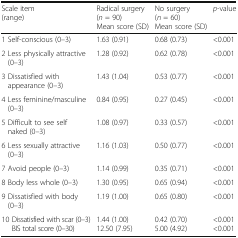
| Scale item (range) | Radical surgery (n = 90)Mean score (SD) | No surgery (n = 60)Mean score (SD) | p-value |
 | --- | --- | --- | --- |
 | 1 Self-conscious (0–3) | 1.63 (0.91) | 0.68 (0.73) | <0.001 |
 | 2 Less physically attractive (0–3) | 1.28 (0.92) | 0.62 (0.78) | <0.001 |
 | 3 Dissatisfied with appearance (0–3) | 1.43 (1.04) | 0.53 (0.77) | <0.001 |
 | 4 Less feminine/masculine (0–3) | 0.84 (0.95) | 0.27 (0.45) | <0.001 |
 | 5 Difficult to see self naked (0–3) | 1.08 (0.97) | 0.33 (0.57) | <0.001 |
 | 6 Less sexually attractive (0–3) | 1.16 (1.03) | 0.50 (0.77) | <0.001 |
 | 7 Avoid people (0–3) | 1.14 (0.99) | 0.35 (0.71) | <0.001 |
 | 8 Body less whole (0–3) | 1.30 (0.95) | 0.65 (0.94) | <0.001 |
 | 9 Dissatisfied with body (0–3) | 1.19 (1.00) | 0.65 (0.80) | <0.001 |
 | 10 Dissatisfied with scar (0–3)BIS total score (0–30) | 1.44 (1.00) 12.50 (7.95) | 0.42 (0.70)5.00 (4.92) | <0.001<0.001 |